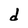
Character: d